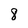
Character: 8